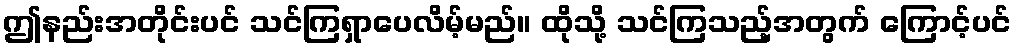
ဤနည်းအတိုင်းပင် သင်ကြရှာပေလိမ့်မည်။ ထိုသို့ သင်ကြသည့်အတွက် ကြောင့်ပင်